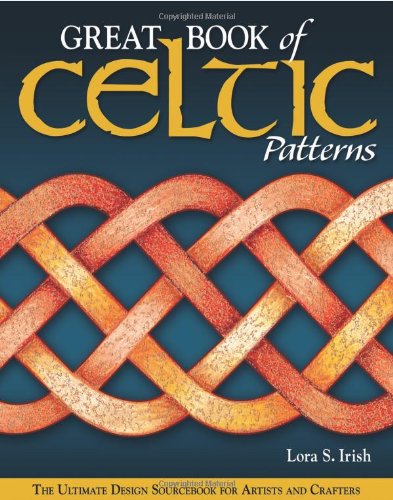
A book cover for Great Book of Celtic Patterns: The Ultimate Design Sourcebook for Artists and Crafters; Lora Irish; Arts & Photography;